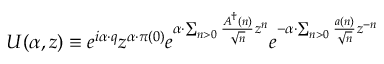
U ( \alpha , z ) \equiv e ^ { i \alpha \cdot q } z ^ { \alpha \cdot \pi ( 0 ) } e ^ { \alpha \cdot \sum _ { n > 0 } \frac { A ^ { \dag } ( n ) } { \sqrt { n } } z ^ { n } } e ^ { - \alpha \cdot \sum _ { n > 0 } \frac { a ( n ) } { \sqrt { n } } z ^ { - n } }